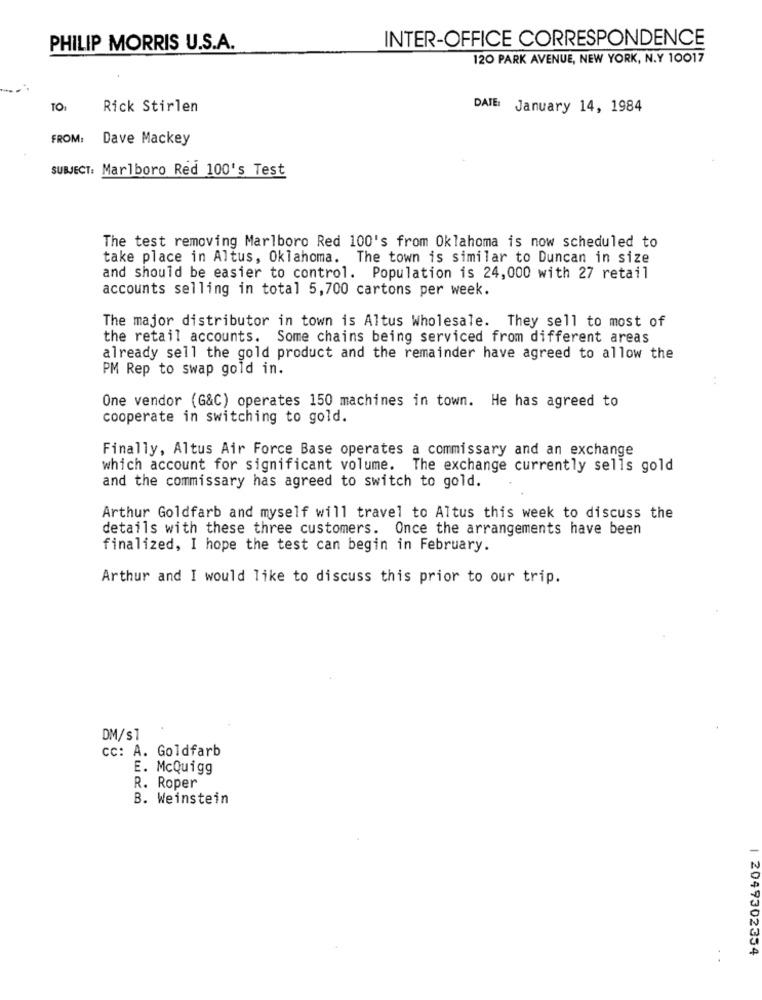
INTER-OFFICE CORRESPONDENCE
PHILIP MORRIS U.S.A.
120 PARK AVENUE, NEW YORK, N.Y 10017
TO1
Rick Stirlen
DATE: January 14, 1984
FROM:
Dave Mackey
SUBJECT: Marlboro Red 100's Test
The test removing Marlboro Red 100's from Oklahoma is now scheduled to
take place in Altus, Oklahoma. The town is similar to Duncan in size
and should be easier to control. Population is 24,000 with 27 retail
accounts selling in total 5,700 cartons per week.
The major distributor in town is Altus Wholesale. They sell to most of
the retail accounts. Some chains being serviced from different areas
already sell the gold product and the remainder have agreed to allow the
PM Rep to swap gold in.
One vendor (G&C) operates 150 machines in town. He has agreed to
cooperate in switching to gold.
Finally, Altus Air Force Base operates a commissary and an exchange
which account for significant volume. The exchange currently sells gold
and the commissary has agreed to switch to gold.
Arthur Goldfarb and myself will travel to Altus this week to discuss the
details with these three customers. Once the arrangements have been
finalized, I hope the test can begin in February.
Arthur and I would like to discuss this prior to our trip.
DM/s1
cc: A. Goldfarb
E. McQuigg
R. Roper
B. Weinstein
. .
| 2049302354